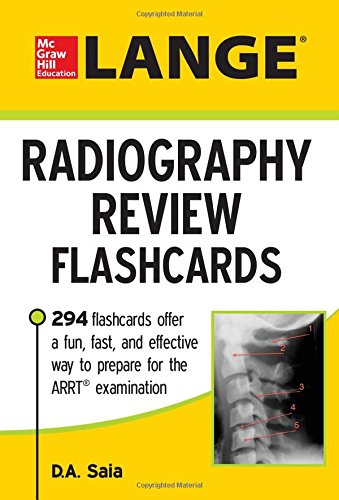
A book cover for LANGE Radiography Review Flashcards; D.A. Saia; Medical Books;